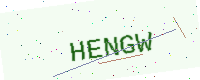
Text: HENGW